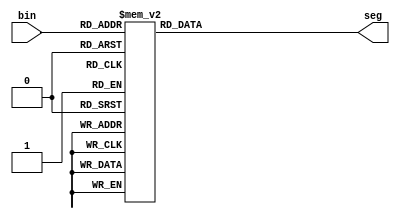
module bin2seg(
input	wire	[3:0]	bin,

output	reg		[7:0]	seg
);

always @(bin)
begin
	case(bin)
		4'd0	:	seg	=	8'b0000_0011;	// 0
		4'd1	:	seg	=	8'b1001_1111; 	// 1
		4'd2	:	seg	=	8'b0010_0101; 	// 2
		4'd3	:	seg	=	8'b0000_1101; 	// 3
		4'd4	:	seg	=	8'b1001_1001; 	// 4
		4'd5	:	seg	=	8'b0100_1001; 	// 5
		4'd6	:	seg	=	8'b0100_0001; 	// 6
		4'd7	:	seg	=	8'b0001_1011; 	// 7
		4'd8	:	seg	=	8'b0000_0001; 	// 8
		4'd9	:	seg	=	8'b0001_1001; 	// 9
		4'd10	:	seg	=	8'b1111_1101;	// Dash
		default	:	seg	=	8'b0000_0011;
	endcase
end

endmodule